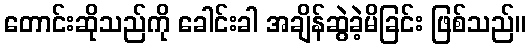
တောင်းဆိုသည်ကို ခေါင်းခါ အချိန်ဆွဲခဲ့မိခြင်း ဖြစ်သည်။